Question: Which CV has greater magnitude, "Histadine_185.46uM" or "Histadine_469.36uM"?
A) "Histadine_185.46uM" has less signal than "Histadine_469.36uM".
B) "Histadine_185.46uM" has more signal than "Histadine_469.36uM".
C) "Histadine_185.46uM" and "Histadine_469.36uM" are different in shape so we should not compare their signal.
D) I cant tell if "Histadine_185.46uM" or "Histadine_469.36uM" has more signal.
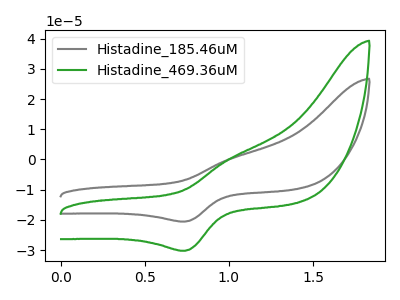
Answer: <think>The gray curve "Histadine_185.46uM" has an anodic peak at (1.00V, 0.45uA) and a cathodic peak at (0.75V, -20.55uA). The green curve "Histadine_469.36uM" has an anodic peak at (1.00V, 0.65uA) and a cathodic peak at (0.75V, -30.20uA).
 All the peaks in "Histadine_185.46uM" have a peak in "Histadine_469.36uM" at the same potential. Every peak in "Histadine_185.46uM" is lower than every peak in "Histadine_469.36uM".</think>
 <answer>A) "Histadine_185.46uM" has less signal than "Histadine_469.36uM".</answer>
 <eval>A</eval>